[Report on the health of British troops in the Madras command]
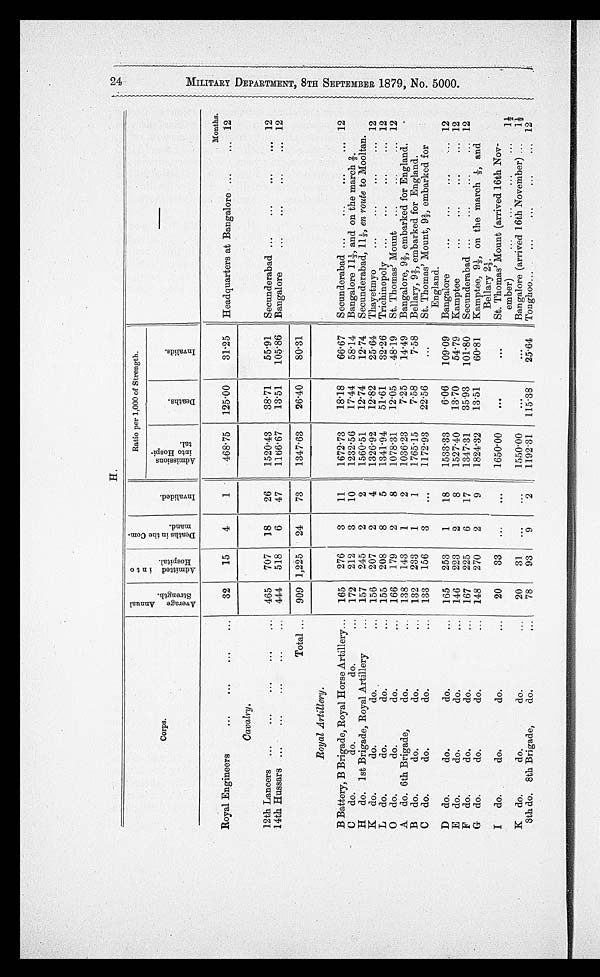
H.
Ratio per 1,000 of Strength.
-
Corps.
A v e r a g e A n u a l S t r e n g t h .
A d m i t t e d i n t o H o s p i t a l .
Deaths in the command.
I n v a l i d e s
Months.
Royal Engineers
...
...
...
...
32
15
4
1
468·75
125 . 00
31·25
Headquarters at Bangalore ...
... 12
Cavalry.
12th Lancers
.
...
...
465
707
18
26
1520·43
38·71
55.91
Secunderabad ...
...
...
.., 12
14th Hussars ...
...
...
„.
„ .
444
518
6
47
1166·67
1351
105-86
Bangalore
...
...
...
... .12
Total ...
909 1,225
24
73
1347.63
26'40
80·31
Royal Artillery.
B Battery, B Brigade, Royal Horse Artillery...
165
276
3
11
1672·73
18'18
66·67
Secunderabad ...
...
...
... 12
C
do.
do.
do.
...
172
212
3
10
1232·56
17·44
58·14
Bangalore 11 1/3, and on the march 2/3.
H do. 1st Brigade, Royal Artillery
157
245
2
2
1560·51
12'74
12·74
Secunderabad, 11 1/3-, en route to Mooltan.
K do.
do.
do.
...
156
207
2
4
1326·92
12·82
25·64
Thayetmyo
...
...
..
... 12
L do.
do.
do.
...
155
208
8
5
1341.94
5P61
32·26
Trichinopoly ...
...
...
... 12
0 do.
do.
do.
...
166
179
2
8
1078·31
12·05
48·19
St. Thomas' Mount.
...
.. 12
A do. 6th Brigade,
do.
138
143
1
2
1036·23
7'25
14·49
Bangalore. 9 2/3 embarked. for England . .
B do.
do.
do.
132
233
1
1
1765·15
7·58
7·58
Bellary, 9 2/3, embarked for England.
C do.
do.
do.
...
133
156
3
...
1172·93
22·56
...
St. Thomas' Mount, 9 2/3, embarked for
England.
D do.
do.
do.
...
165
253
1
18
1533·33
6'06
109·09
Bangalore
12
E do.
do.
do.
...
146
223
2
8
1527·40
13·70
54.79
Kamptee
...
...
...
... 12
F do.
do.
do.
...
167
225
6
17
1347·31
35·93
101'80
Secunderabad ...
...
...
... 12
G do.
do.
do.
...
148
270
2
9
1824.32
13·51
60·81
Kamptee, 9 2/3, on the march 1/3-, and
Bellary 2 1/3.
I
do.
do.
do.
...
20
33
...
...
1650.00
...
•••
St. Thomas' Mount (arrived 16th Nov-
ember)1
K do.
do.
do.
...
20
31
.
...
...
1550·00
...
Bangalore (arrived 16th. November) ...
1 1/2
8th do. 8th Brigade,
do,
78
93
9
2. , 1192 . 31
115·38
25'64
Tonghoo...
...
...
...
... 12
2 4 M I L I T A R Y D E P A R T M E N T , 8 T H S E P T E M B E R 1 8 7 9 , N O . 5 0 0
0 . .